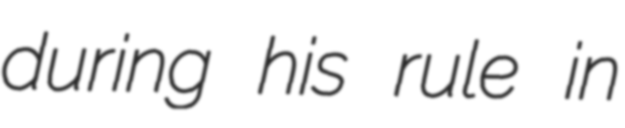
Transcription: during his rule in